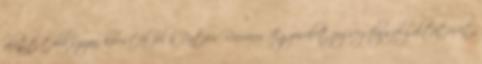
alatt több százan keresték fel a Patacs-Rácváros Egyesület jogsegély-szolgáltatását